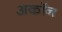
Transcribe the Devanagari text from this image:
अकॉन